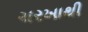
ચરખાથી